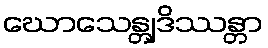
ဃောသေန္တျဒိဿန္တာ